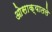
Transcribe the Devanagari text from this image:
ओसाक्यातले